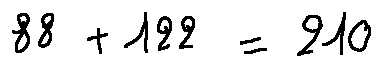
8 8 + 1 2 2 = 2 1 0